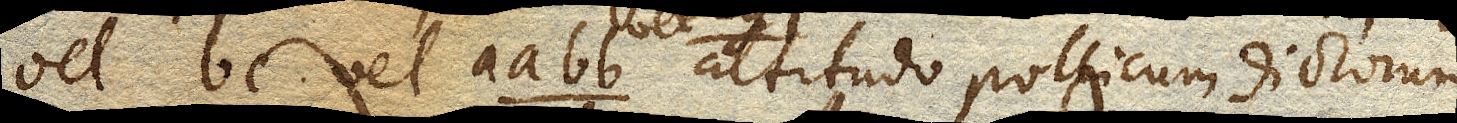
vel bc vel aa bb altitudo pollicum dictorum